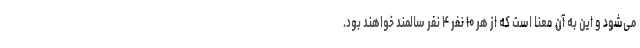
می‌شود و این به آن معنا است که از هر ۱۰ نفر ۴ نفر سالمند خواهند بود.